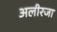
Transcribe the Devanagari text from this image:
अलीरजा